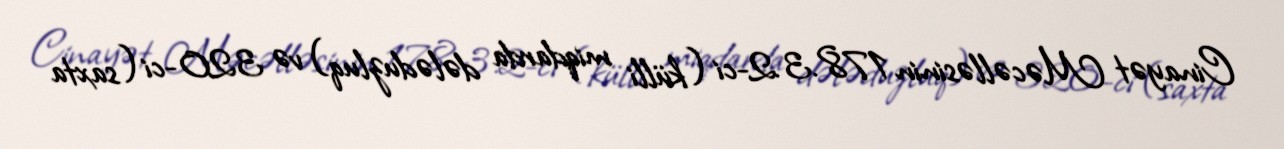
Cinayət Məcəlləsinin 178.3.2-ci (külli miqdarda dələduzluq) və 320-ci (saxta